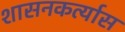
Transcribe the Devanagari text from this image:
शासनकर्त्यास